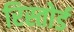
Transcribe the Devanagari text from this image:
रिस्तोर्ड